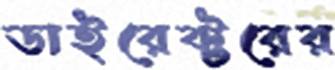
ডাইরেক্টরের